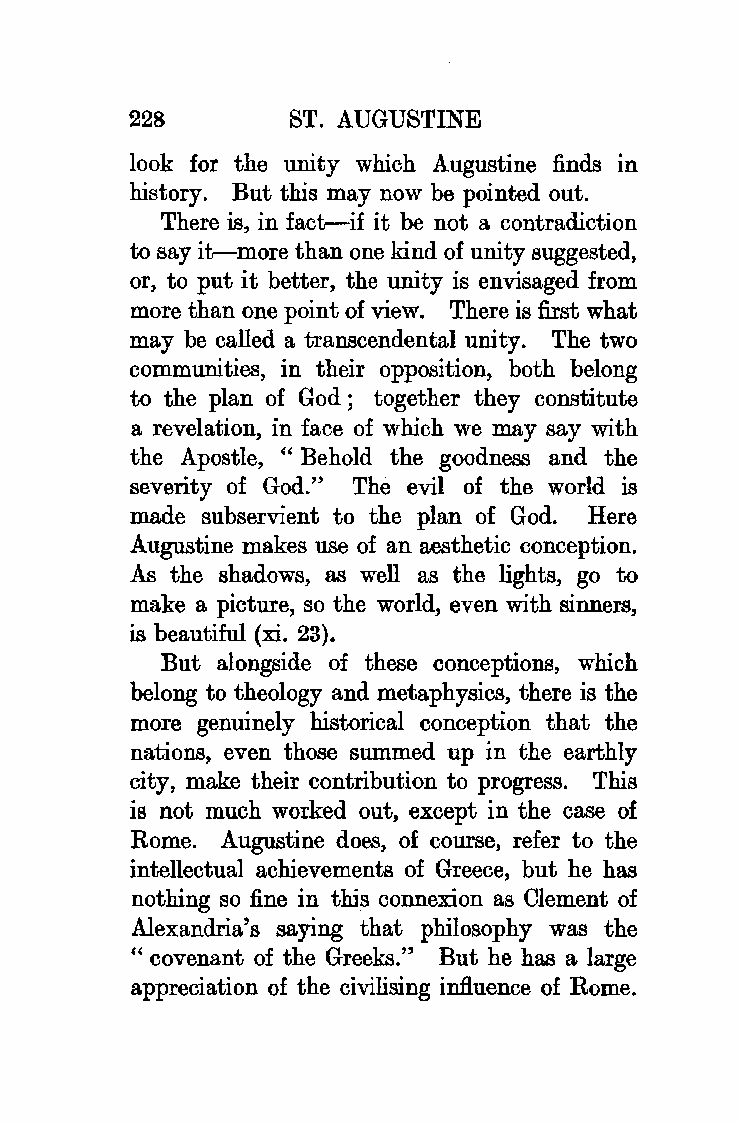
228       ST. AUGUSTINE
 look for the unity which Augustine finds in
 history. But this may now be pointed out.
 There is, in fact-if it be not a contradiction
 to say it-more than one kind of unity suggested,
 or, to put it better, the unity is envisaged from
 more than one point of view. There is first what
 may be called a transcendental unity. The two
 communities, in their opposition, both belong
 to the plan of God ; together they constitute
 a revelation, in face of which we may say with
 the Apostle, " Behold the goodness and the
 severity of God." The evil of the world is
 made subservient to the plan of God. Here
 Augustine makes use of an aesthetic conception.
 As the shadows, as well as the lights, go to
 make a picture, so the world, even with sinners,
 is beautiful (xi. 23).
 But alongside of these conceptions, which
 belong to theology and metaphysics, there is the
 more genuinely historical conception that the
 nations, even those summed up in the earthly
 city, make their contribution to progress. This
 is not much worked out, except in the case of
 Rome. Augustine does, of course, refer to the
 intellectual achievements of Greece, but he has
 nothing so fine in this connexion as Clement of
 Alexandria's saying that philosophy was the
 "covenant of the Greeks." But he has a large
 appreciation of the civilising influence of Rome.